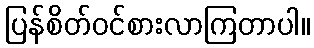
ပြန်စိတ်ဝင်စားလာကြတာပါ။